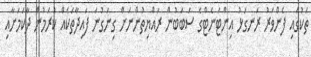
ތަކުގައި ފެންވަރު ރަނގަޅު އިންޓަނެޓްގެ ސަބަބުން ރައްޔިތުންނަށް ގިނަގުނަ ފައިދާތަކެއް ކުރަމުން ދާކަމަށާއި